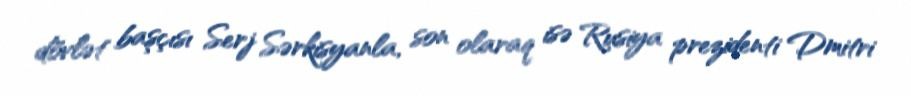
dövlət başçısı Serj Sərkisyanla, son olaraq isə Rusiya prezidenti Dmitri